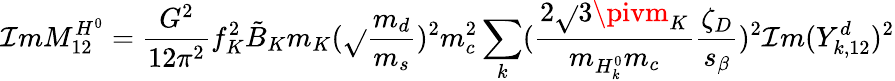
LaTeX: \mathcal{I}mM_{12}^{H^{0}}=\frac{{G^{2}}}{{12\pi^{2}}}f_{K}^{2}\tilde{{B}}_{K}m_{K}(\sqrt{}{{\frac{{m_{d}}}{{m_{s}}}}})^{2}m_{c}^{2}\sum_{k}(\frac{{2\sqrt{}{{3}}\pivm_{K}}}{{m_{H_{k}^{0}}m_{c}}}\frac{{\zeta_{D}}}{{s_{\beta}}})^{2}\mathcal{I}m(Y_{k,12}^{d})^{2}